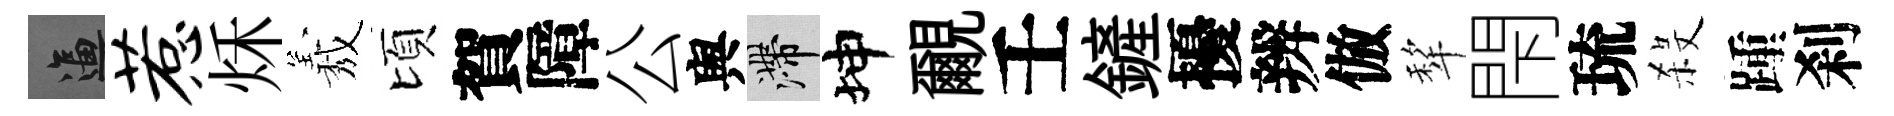
逼惹秌𦏁頃賀障公舆滯坤覼壬鏟擾辨倣犂閇琉殺踵刹